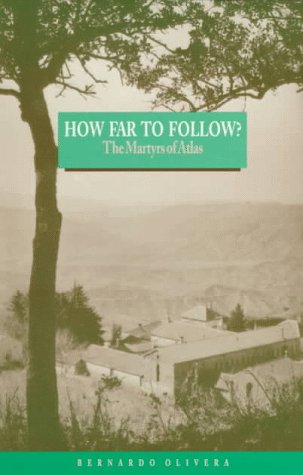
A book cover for How Far to Follow?: The Martyrs of Atlas; Bernardo Olivera; Travel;